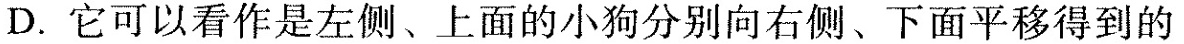
D.它可以看作是左侧、上面的小狗分别向右侧、下面平移得到的